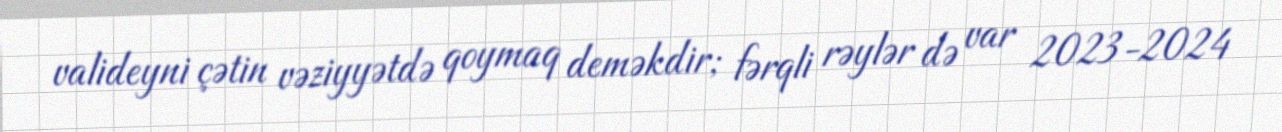
valideyni çətin vəziyyətdə qoymaq deməkdir; fərqli rəylər də var 2023-2024